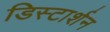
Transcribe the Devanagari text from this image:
डिस्टार्शन